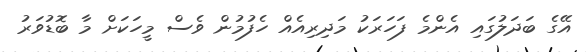
އޭގެ ބަދަލުގައި އެންމެ ފަހަރަކު މަދިރިއެއް ހެފުމުން ވެސް މީހަކަށް މާ ބޮޑުވަރު